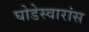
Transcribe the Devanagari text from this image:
घोडेस्वारांस